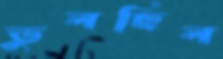
ভুলছিল